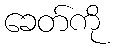
ခေတ်ကို